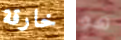
خارقة هو